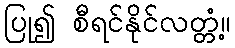
ပြု၍ စီရင်နိုင်လတ္တံ့။